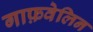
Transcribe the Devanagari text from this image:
गाफ़वेलिन